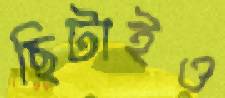
ছিটাইও